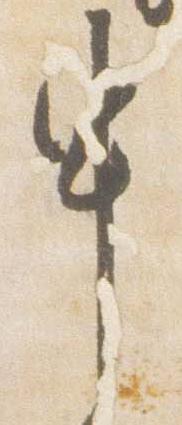
申